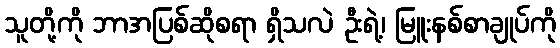
သူတို့ကို ဘာအပြစ်ဆိုစရာ ရှိသလဲ ဦးရဲ့၊ မြူးနစ်စာချုပ်ကို